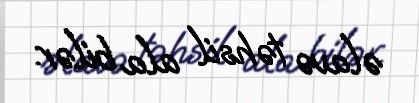
əlavə təhsil ala bilər.